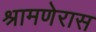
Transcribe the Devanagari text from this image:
श्रामणेरास